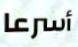
أسرعا